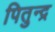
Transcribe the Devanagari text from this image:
पितुन्द्र